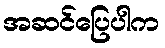
အဆင်ပြေပါက